Regulations for the medical services of the Army of India
Year: 1930
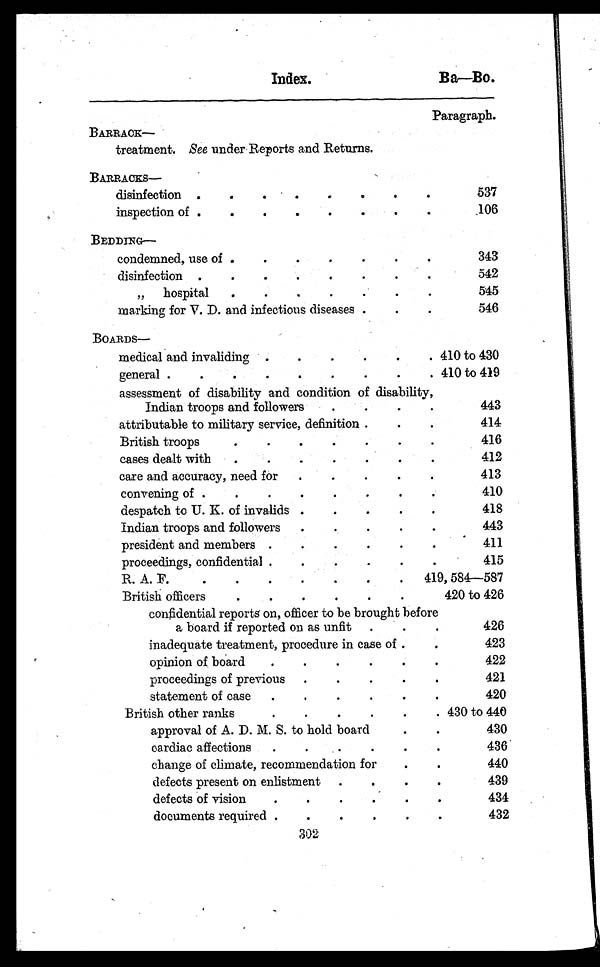
Index.
Bay—Bo.
Paragraph.
BARRACK—
treatment. See under Reports and Returns.
BARRACKS—
disinfection .
.
.
.
.
.
.
537
inspection of .
.
.
.
.
.
.
106
BEDDING—
condemned, use of .
.
.
.
.
.
343
disinfection .
.
.
.
.
.
.
542
,,
hospital
. . . . . .
545
marking for V. D. and infectious diseases .
.
.
546
BOARDS
medical and invaliding .
•
.
.
. 410 to 430
general .
.
.
.
.
. . . . 410 to 419
assessment of disability and condition of disability,
Indian troops and followers
443
attributable to military service, definition .
.
.
414
British troops
.
.
.
.
.
.
.
416
cases dealt with
.
.
.
.
.
.
.
412
care and accuracy, need for
.
.
.
.
.
413
convening of .
.
.
.
.
.
.
.
410
despatch to U. K. of invalids .
.
.
.
.
418
Indian troops and followers
.
.
.
•
443
.
president and members .
.
.
.
.
.
411
proceedings, confidential .
.
.
.
.
.
415
R. A. F.
.
.
.
.
.
.
.
419, 584—587
British officers
.
.
.
.
.
.
420 to 426
confidential reports on, officer to be brought before
a board if reported on as unfit
.
.
426
inadequate treatment, procedure in case of .
.
423
opinion of board
.
.
.
.
.
422
proceedings of previous
.
.
.
•
421
statement of case
.
.
.
.
.
420
British other ranks
.
.
.
.
. 430 to 440
approval of A. D. M. S. to hold board
.
.
430
cardiac affections
.
.
.
.
.
436
change of climate, recommendation for
.
.
440
defects present on enlistment
.
.
.
.
439
defects of vision
.
.
.
.
.
.
434
documents required .
.
.
.
.
.
432
302